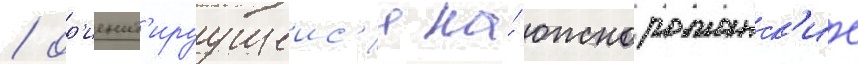
/ ор'иент'ируущеис'я на́ южнороманск'ие